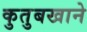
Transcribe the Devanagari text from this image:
कुतुबखाने